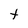
Character: t